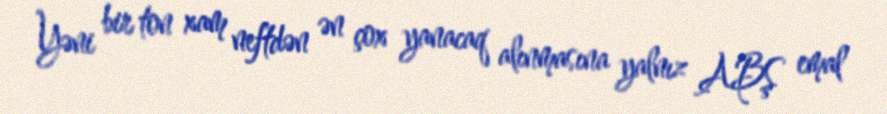
Yəni bir ton xam neftdən ən çox yanacaq alınmasına yalnız ABŞ emal